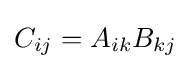
C_{ij}=A_{ik}B_{kj}